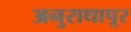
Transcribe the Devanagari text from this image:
अनुराधापूर